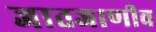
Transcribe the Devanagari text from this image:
जातजाणीव